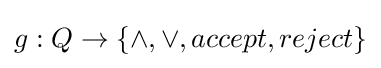
g:Q\rightarrow \{\wedge ,\vee ,accept,reject\}